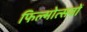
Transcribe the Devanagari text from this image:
फिल्मोत्सवों